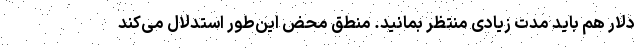
دلار هم باید مدت زیادی منتظر بمانید. منطق محض این‌طور استدلال می‌کند